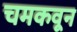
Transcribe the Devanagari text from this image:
चमकवून